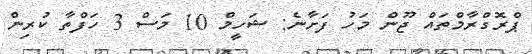
ޕްރޮގްރާމްތައް ޖޫން މަހު ފަށާނެ: ޝަހީމް 10 މަސް 3 ހަފްތާ ކުރިން